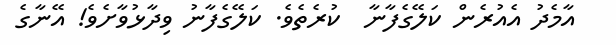
އާމެދު އެއުރެން ކަލޭގެފާނާ  ކުރެތެވެ. ކަލޭގެފާނު ވިދާޅުވާށެވެ! އޭނާގެ